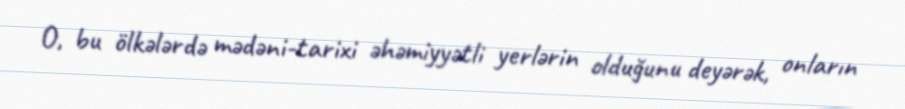
O, bu ölkələrdə mədəni-tarixi əhəmiyyətli yerlərin olduğunu deyərək, onların